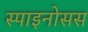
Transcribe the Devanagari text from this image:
स्पाइनोसस